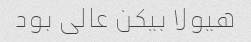
هیولا بیکن عالی بود